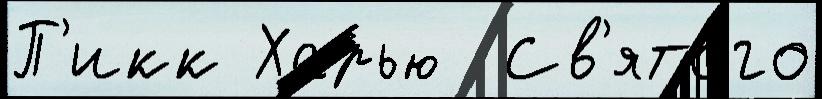
П'икк Харью  Св'ято́го